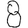
Digit: 8